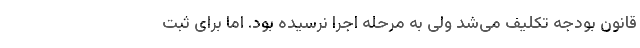
قانون بودجه تکلیف می‌شد ولی به مرحله اجرا نرسیده بود. اما برای ثبت